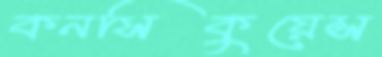
কনসিকুয়েন্স